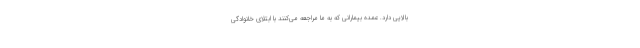
بالایی دارد. عمده بیمارانی که به ما مراجعه می‌کنند با ابتلای خانوادگی